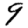
Digit: 9